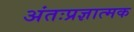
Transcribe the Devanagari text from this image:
अंतःप्रज्ञात्मक